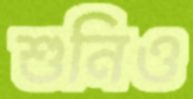
শুনিও